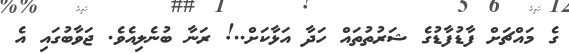
ގެ މައްޗަށް ފާޑުފާޑުގެ ޝަރުތުތައް ހަދާ އަޅާކަށް..! ރަނާ ބުނެލިއެވެ. ޖަވާބުގައި އެ